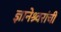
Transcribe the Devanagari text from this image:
ज्ञानेश्र्वरांची